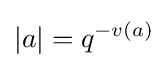
|a|=q^{-v(a)}